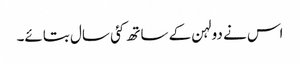
اس نے دولہن کے ساتھ کئی سال بتائے۔